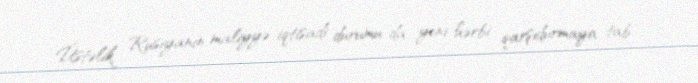
Üstəlik, Rusiyanın maliyyə-iqtisadi durumu da yeni hərbi qarşıdurmaya tab